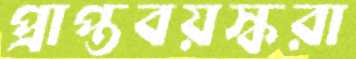
প্রাপ্তবয়স্করা